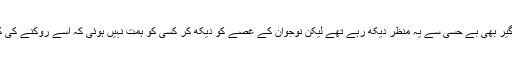
راہ چلتے راہ گیر بھی بے حِسی سے یہ منظر دیکھ رہے تھے لیکن نوجوان کے غصے کو دیکھ کر کِسی کو ہِمت نہیں ہوئی کہ اسے روکنے کی کوشش کرتے۔